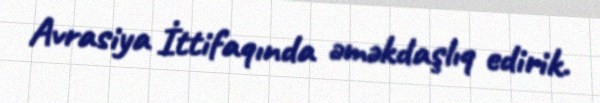
Avrasiya İttifaqında əməkdaşlıq edirik.